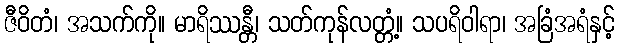
ဇီဝိတံ၊ အသက်ကို။ မာရိဿန္တီ၊ သတ်ကုန်လတ္တံ့။ သပရိဝါရာ၊ အခြံအရံနှင့်